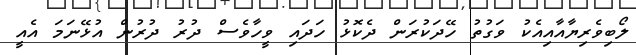
ލޯބިވެރިޔާއާއިއެކު ވަގުތު ހޭދަކުރަން ދެކޮޅު ހަދައި ވީހާވެސް ދުރު ދުރުން އުޅޭނަމަ އެއީ